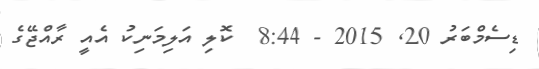
ޑިސެމްބަރު 20